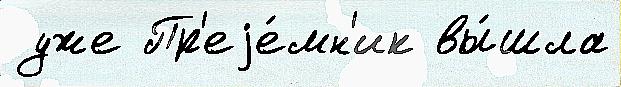
 уже Пр'еjе́мн'ик вы́шла